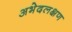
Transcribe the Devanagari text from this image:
अभेदलक्षण